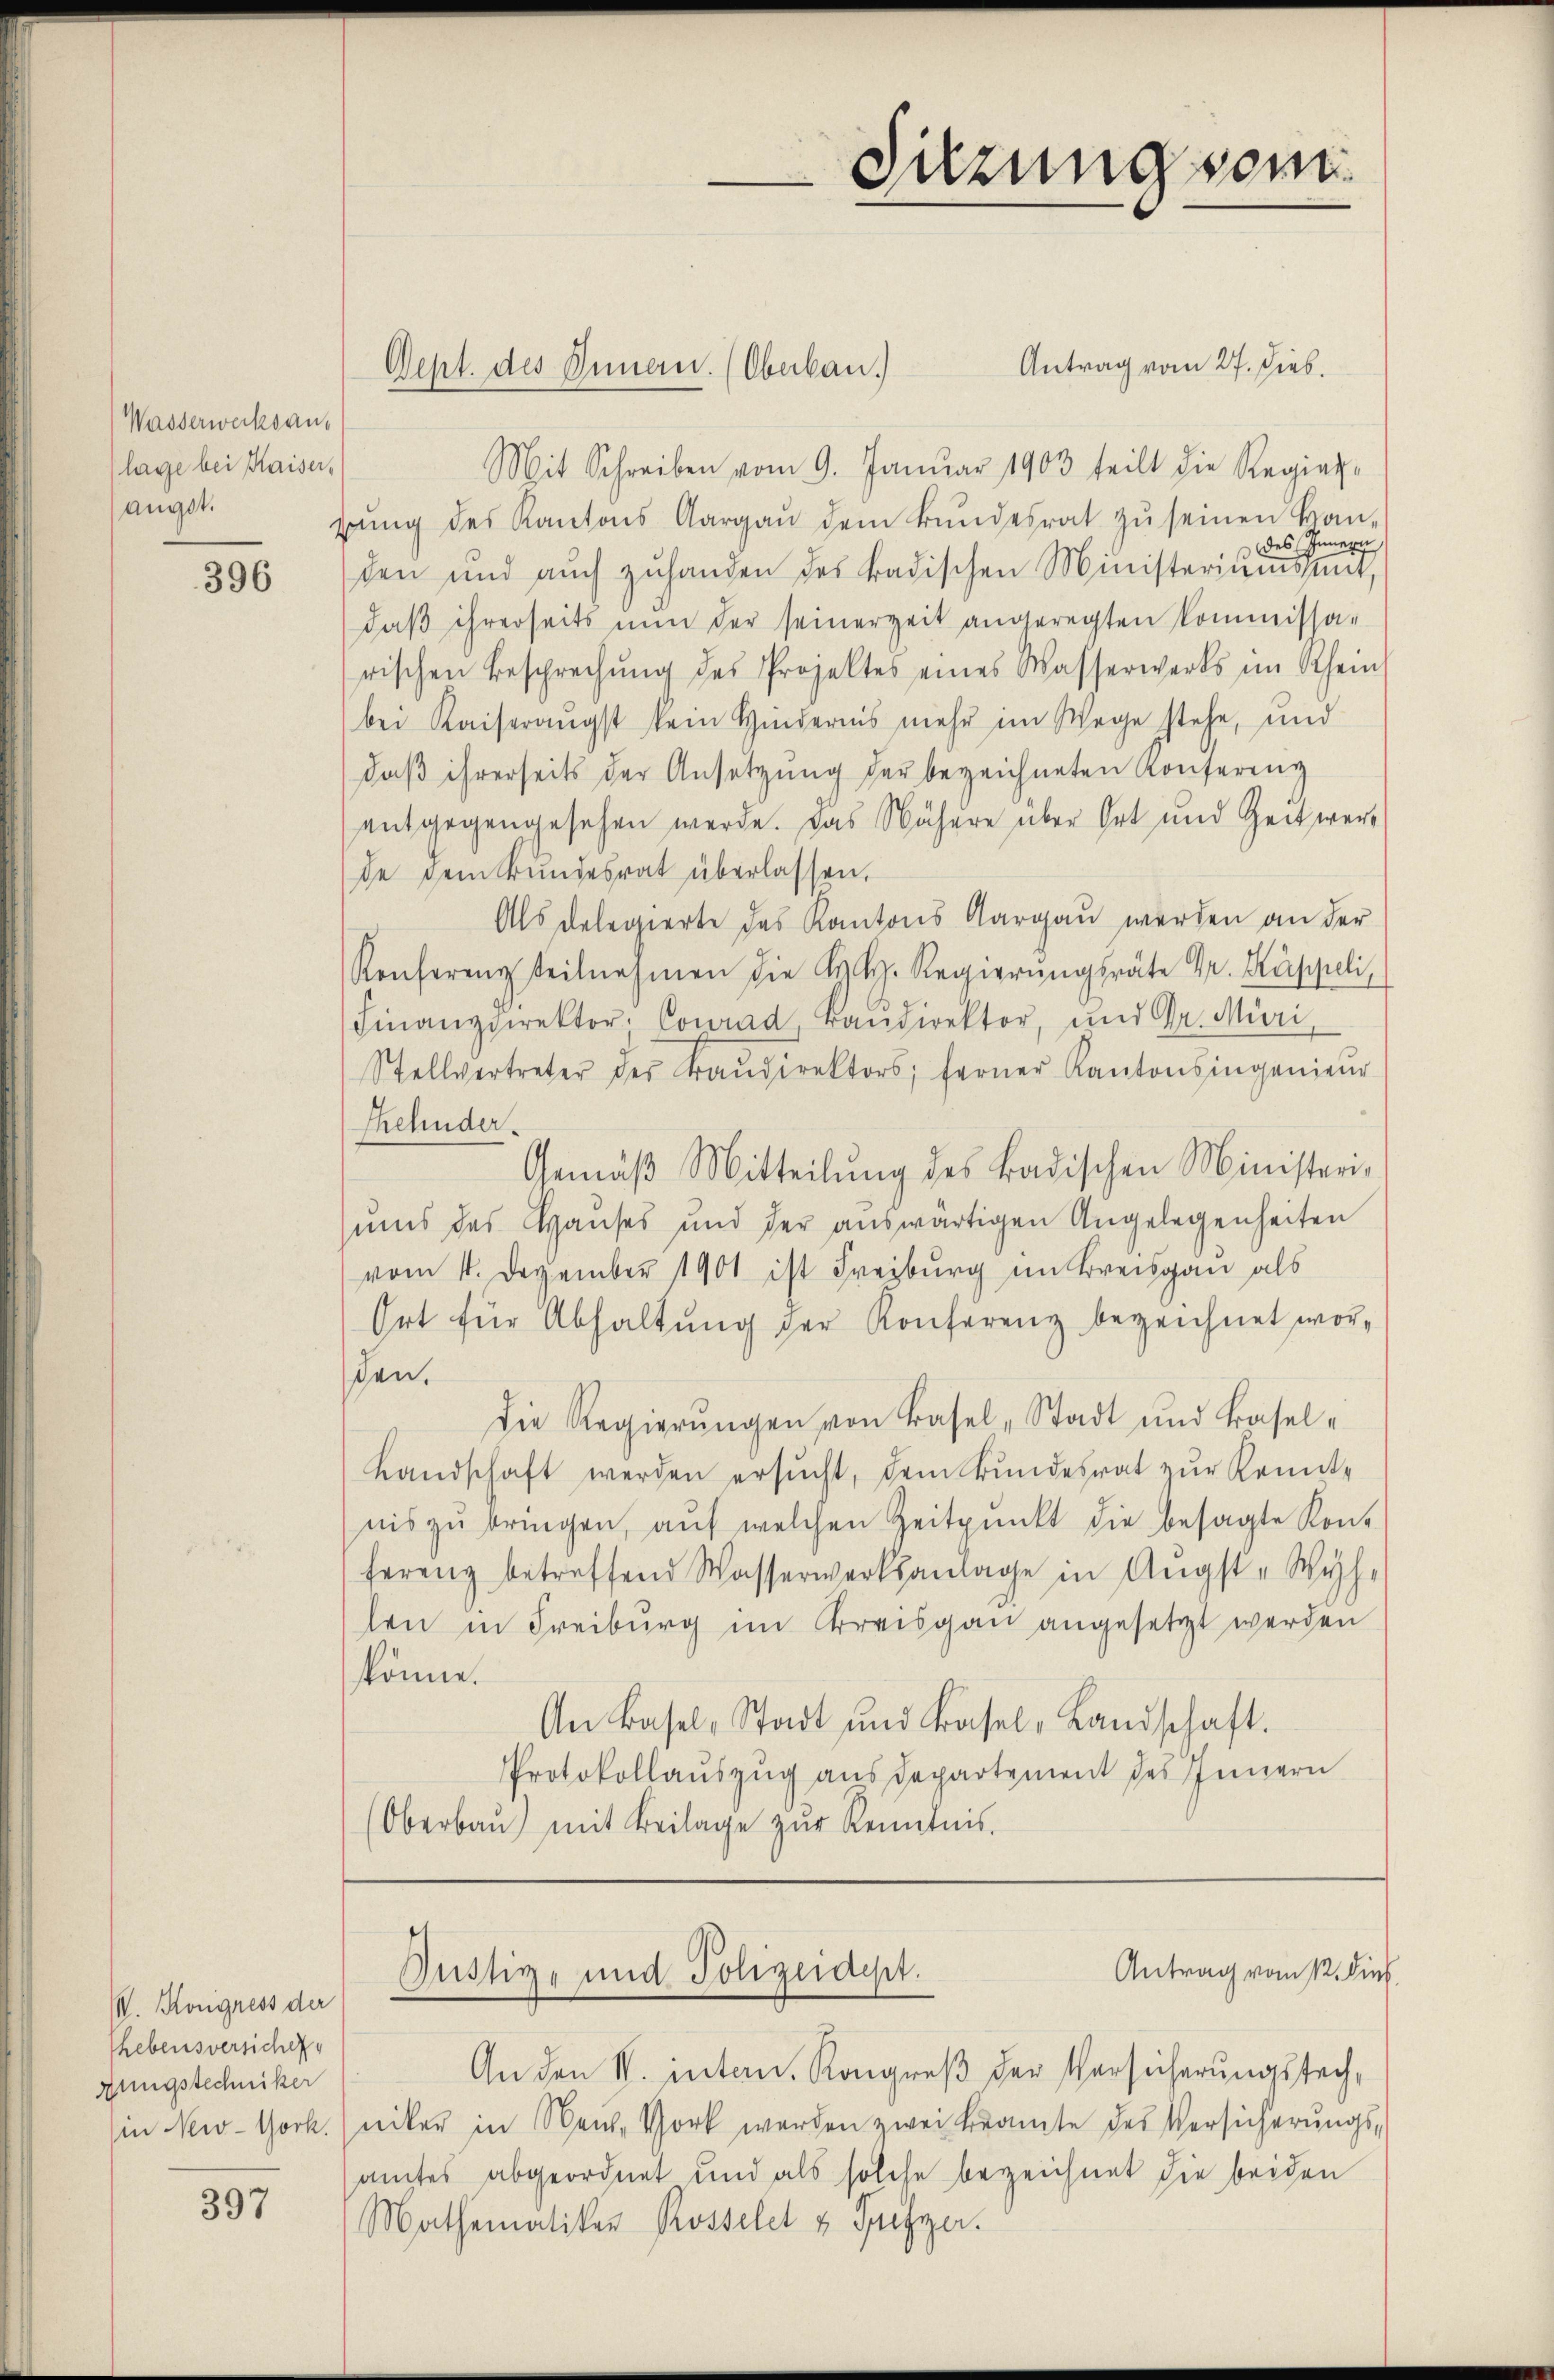
Wasserwerksanlage bei Kaiser,
augst.

396

V. Kongress der
hebensversiche
gungstechniker
in New-York.

397

Sept. des Innern. (Oberbau. Antrag vom 27. Dieb.
Mit Schreiben vom 9. Januar 1903 teilt die Regier-
bŭng des Kantons Aargaŭ dem Bŭndesrat zŭ seinen kan-
des Innern
den und auch zuhanden des Badischen Ministeriums mit,
daβ ihrerseits nun der seinerzeit angeregten Kommissarischen Besprechŭng des Projektes eines Wasserwerks im Rhein-
bei Kaiserangst kein Hindernis mehr im Wege stehe, und
daß ihrerseits der Ansetzung der bezeichneten Konfereng
entgegengesehen werde. Das Nähere über Ort und Zeit wert
de dem Bundesrat überlassen.
Als Delegierte das Kantons Aargau werden an der
Konferenz teilnahmen die K. h. Regierŭngsräte Dr. Kuppeli,
Finanzdirektor. Conrad, Bandirektor, und Gr. Muri,
Stellvertreter der Baŭdirektors; ferner Kantonsingenieŭr
Thehnder.
Gemäβ Mitteilŭng des Badischen Ministerisums das Hauses und der aŭswärtigen Angelegenheiten
vom 11. Dezember 1901 ist Freiburg im Kreisgau als
Ort für Abhaltŭng der Konferenz bezeichnet worden.
Die Regierŭngen von Basel-Stadt und Basel-
Landschaft werden ersŭcht, dem Bŭndesrat zŭr Kennt-
nis zŭ bringen, aŭf welchen Zeitpunkt die besagte Kon-
ferenz betreffend Wasserwerksanlage in Angst-Wyh-
len in Freiburg im Kreisgau angesetzt werden
könne.
An Basel-Stadt und Basel-Landschaft.
Protokollauszug aus Departement des Innern
Oberbaŭ) mit Beilage zŭr Kenntnis.

An den N. intern. Kongreß der Versicherungsstechniker in Nach Vort werden zwei Beamte des Versicherŭngs-
amtes abgeordnet und als solche bezeichnet die beiden
Mathematiker Rosselet u Frister.

Sitzung vom

Antrag vom 12. Diel.
Justiz- und Polizeidept.